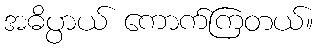
အဓိပ္ပာယ် ကောက်ကြတယ်။